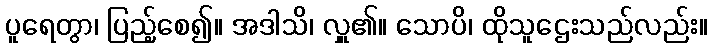
ပူရေတွာ၊ ပြည့်စေ၍။ အဒါသိ၊ လှူ၏။ သောပိ၊ ထိုသူဌေးသည်လည်း။